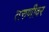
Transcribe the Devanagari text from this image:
तरुणीवर